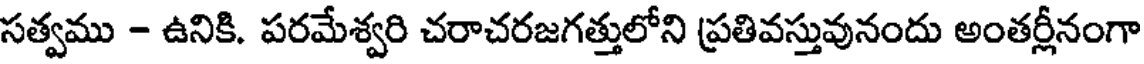
సత్వము - ఉనికి. పరమేశ్వరి చరాచరజగత్తులోని ప్రతివస్తువునందు అంతర్లీనంగా